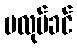
မလုပ်ခင်